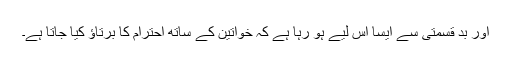
اور بد قسمتی سے ایسا اس لیے ہو رہا ہے کہ خواتین کے ساتھ احترام کا برتاؤ کیا جاتا ہے۔